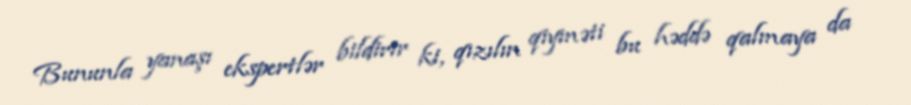
Bununla yanaşı ekspertlər bildirir ki, qızılın qiyməti bu həddə qalmaya da